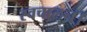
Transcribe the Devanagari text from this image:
स्वचालन।